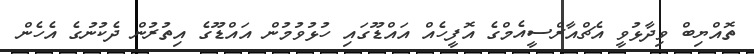
ތޮއްޔިބް ވިދާޅުވީ އެޗްއާރްސީއެމްގެ އޮފީހެއް އައްޑޫގައި ހުޅުވުމުން އައްޑޫގެ އިތުރުން ދެކުނުގެ އެހެން